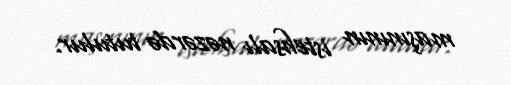
maşınının istehsalı nəzərdə tutulur.